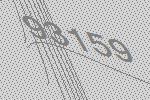
93159